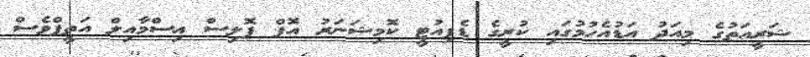
ޝަރީއަތުގެ މިއަދު އަޑުއެހުމުގައި ކުރީގެ ޑެޕިއުޓީ ކޮމިޝަނަރު އޮފް ޕޮލިސް އިސްމާއިލް އަތީފްވެސް